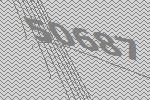
50687